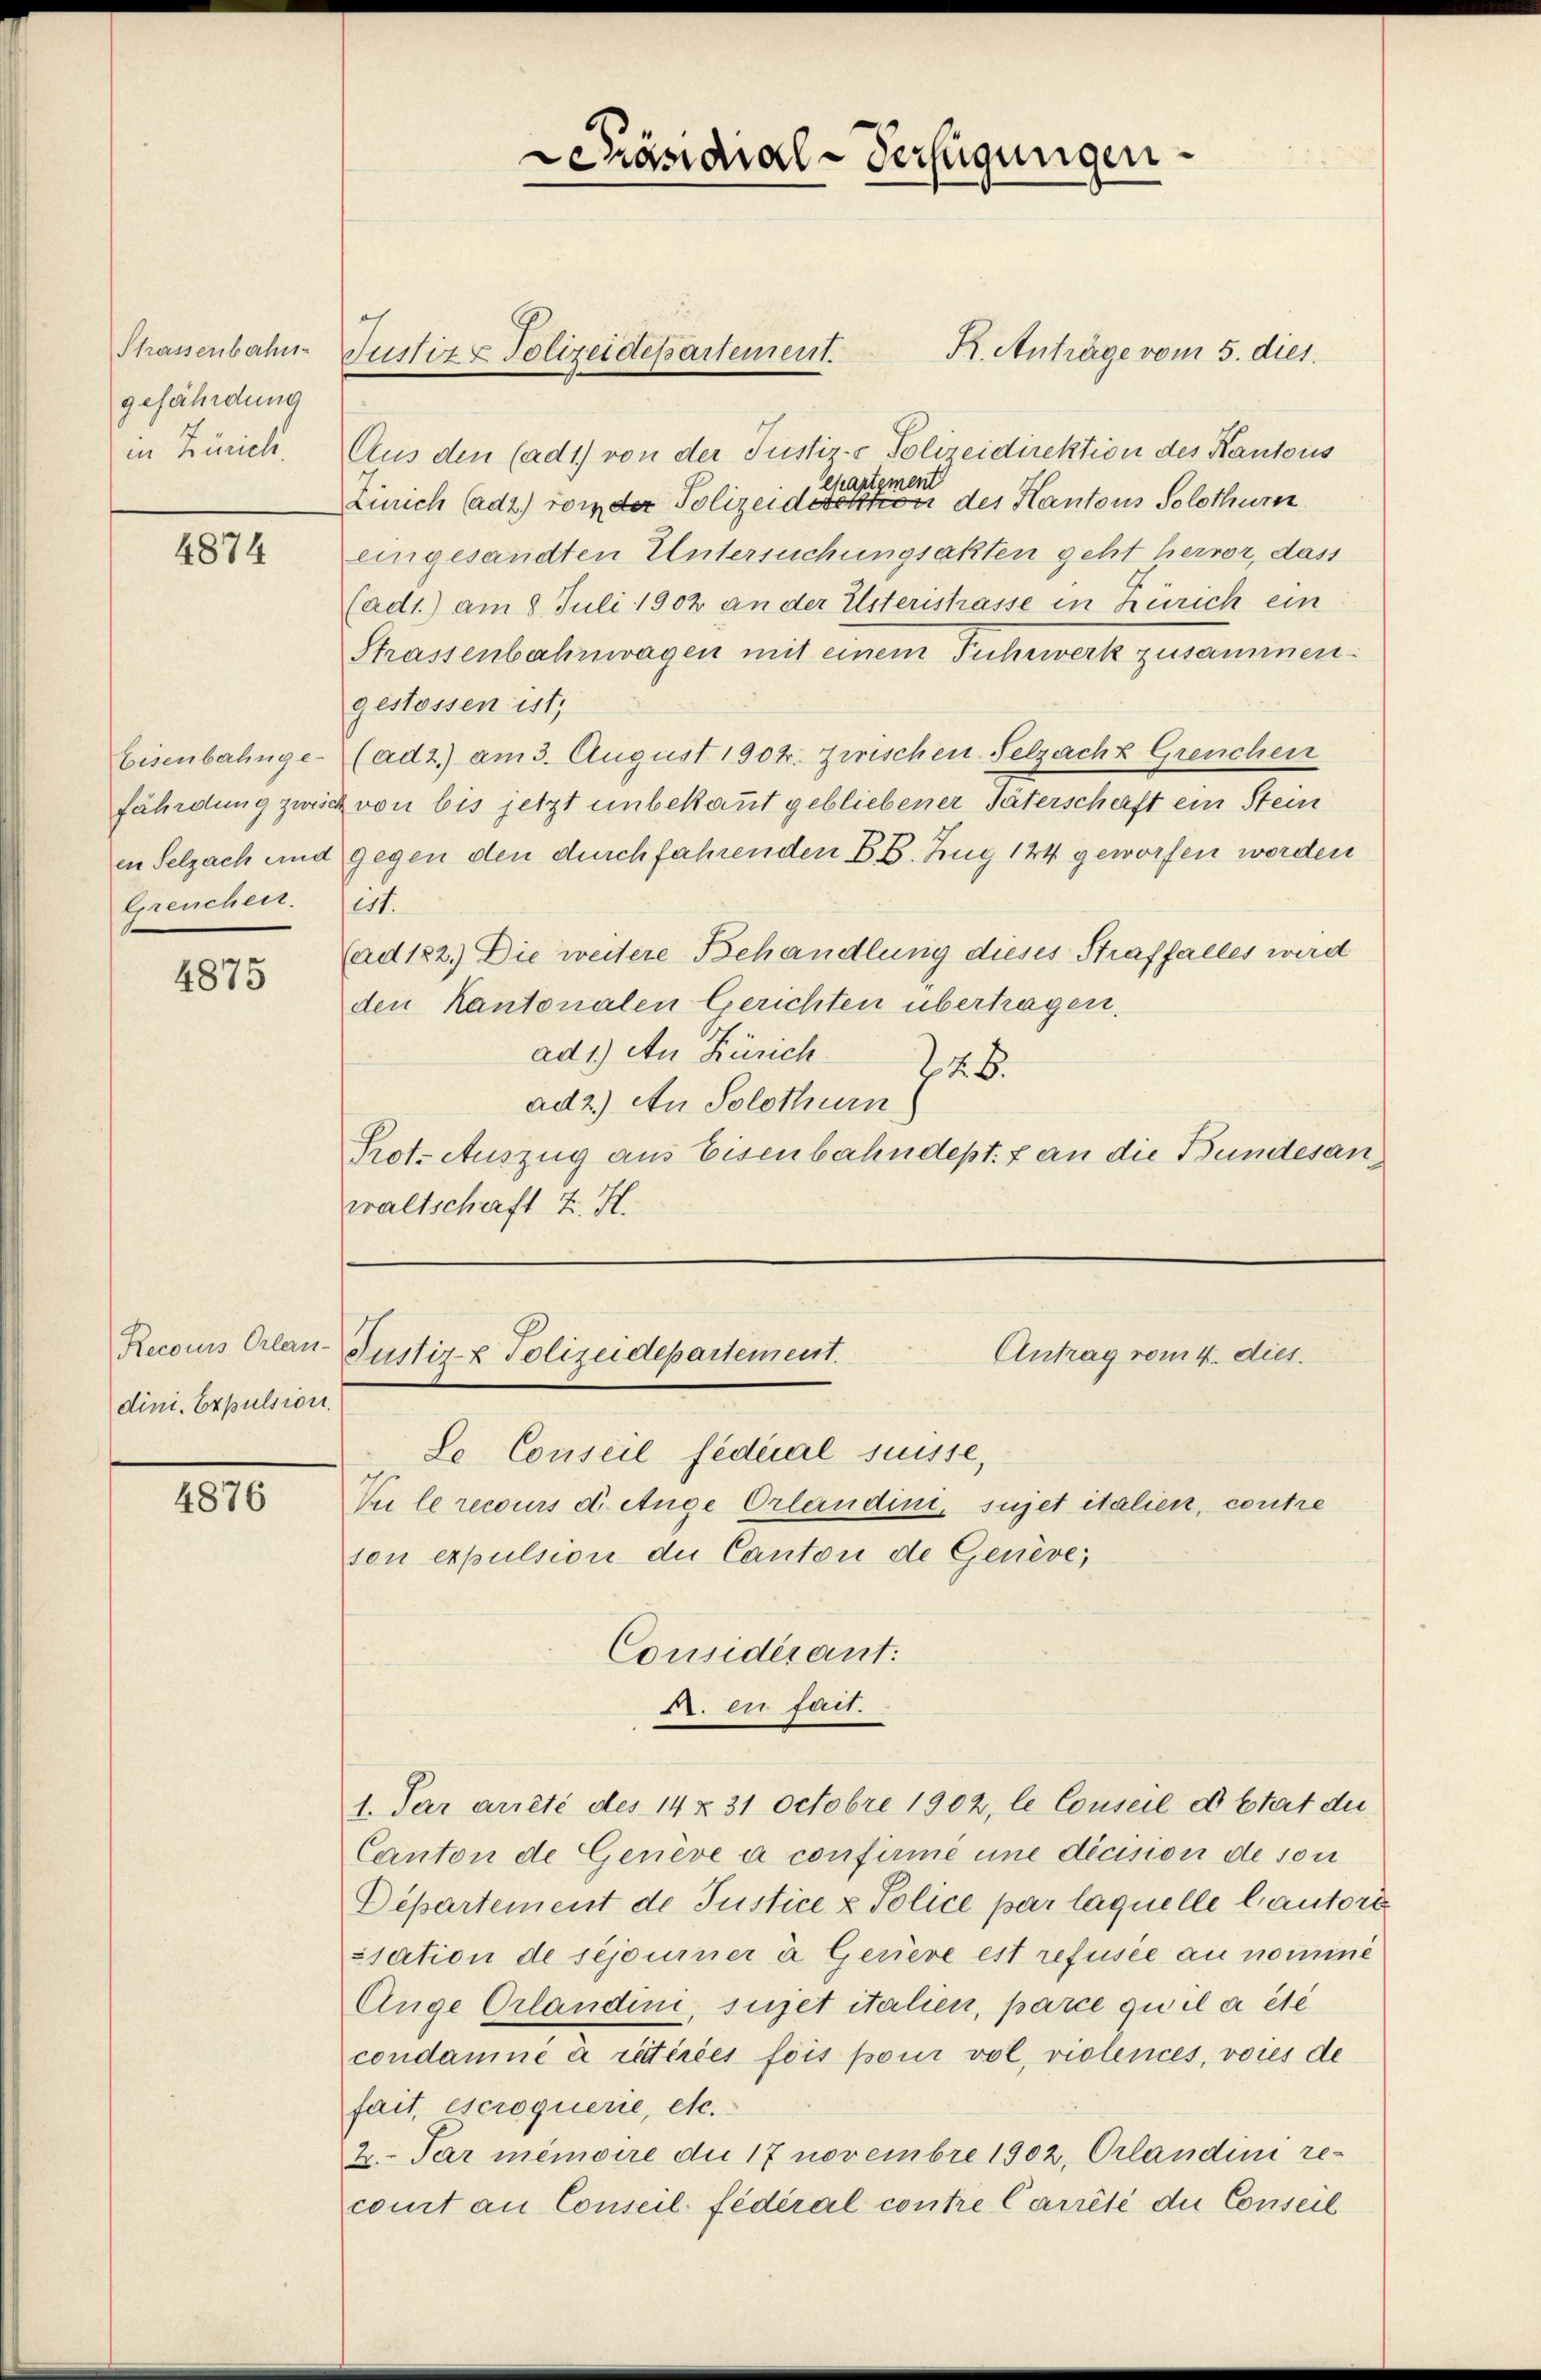
gefährdung

4874

Eisenbahnge-
fährdung zwisc
en Selzach und
Greuchen.

4875

Recours Erlan-
dini. Expulsion.

4876

Phassenbahn- Justiz & Polizeidepartement.

Schändial-Verfügungen.

R. Anträge vom 5. dies.
in Zürich. Aus den (ad1) von der Justiz- & Polizeidirektion des Kantons
ckartement
Zürich (adt) von der Polizeidirektion des Kantons Solothurn
eingesandten Untersuchungsakten geht hervor, dass
(ad1) am 8. Juli 1902 an der Elsterstrasse in Zürich ein
Strassenbahnwagen mit einem Fuhrwerk zusammen.
gestossen ist,
(ad 2.) am 3. August 1904. Zwischen Selzach Greuchen
z von bis jetzt unbekannt gebliebener Täterscherft ein Stein
gegen den durchfahrenden BB. Zug 144 geworfen worden
est.
(ad 182) Die weitere Behandlung dieses Straffalles wird
den Kantonalen Gerichten übertragen.
ad 1.) An Zürich
Z 26.
ad 2.) An Solothurn
Prot. Auszug aus Eisenbahndept. f an die Bundesanwaltschaft z. H.

Justiz- & Polizeidepartement.
Antrag vom 4. dies.

Se Conseil fédéral suisse,
Du le recours d. Auge Orlandini, sujet italien, contre
son expulsion die Canton de Genève,
Considérant:
A. ex fait.
Canton de Genève a confirmé une décision de son
Departement de Justice & Police par laquelle lautore
ssation de séjominer à Geriere est refusée au nomine
Auge Erlandeni, sujet italien, parce qu’il a été
condamné à retirées fois pour vol, violences, voies de
fait, escroquerie, etc.
2. Par mémoire du 17 novembre 1902, Orlandini recomt an Conseil fédéral contre Carrêté du Conseil

1. Par arreté des 14 § 31 Octobre 1902, le Conseil d état du